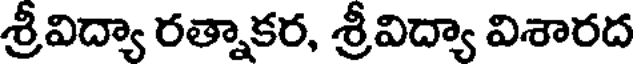
శ్రీవిద్యా రత్నాకర, శ్రీవిద్యా విశారద